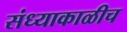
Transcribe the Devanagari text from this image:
संध्याकाळीच